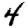
Digit: 4